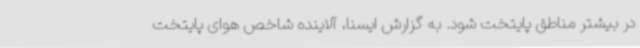
در بیشتر مناطق پایتخت شود. به گزارش ایسنا، آلاینده شاخص هوای پایتخت